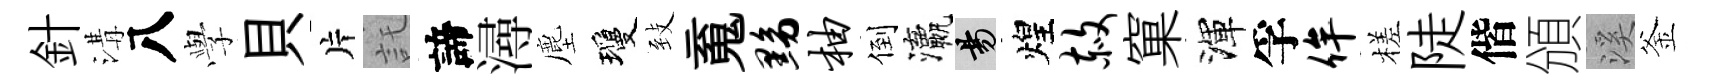
針溝八𫝯貝片託諦潯塵瓊𦤺䰟黝柚倒瀛昜煌赦窠渾孚侔槎陡偕頒溪釜